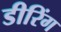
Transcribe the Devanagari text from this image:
डीरिंग